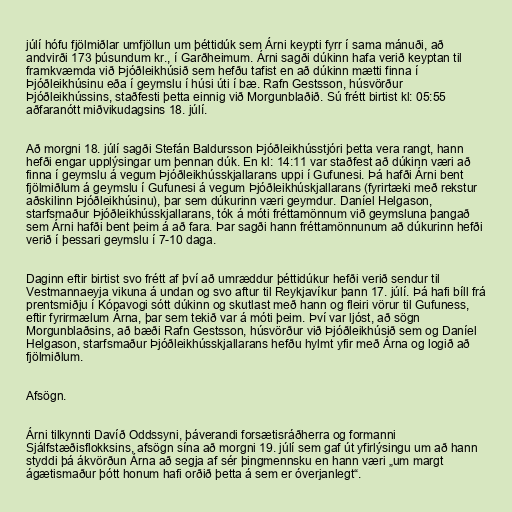
júlí hófu fjölmiðlar umfjöllun um þéttidúk sem Árni keypti fyrr í sama mánuði, að
andvirði 173 þúsundum kr., í Garðheimum. Árni sagði dúkinn hafa verið keyptan til
framkvæmda við Þjóðleikhúsið sem hefðu tafist en að dúkinn mætti finna í
Þjóðleikhúsinu eða í geymslu í húsi úti í bæ. Rafn Gestsson, húsvörður
Þjóðleikhússins, staðfesti þetta einnig við Morgunblaðið. Sú frétt birtist kl: 05:55
aðfaranótt miðvikudagsins 18. júlí.

Að morgni 18. júlí sagði Stefán Baldursson Þjóðleikhússtjóri þetta vera rangt, hann
hefði engar upplýsingar um þennan dúk. En kl: 14:11 var staðfest að dúkinn væri að
finna í geymslu á vegum Þjóðleikhússkjallarans uppi í Gufunesi. Þá hafði Árni bent
fjölmiðlum á geymslu í Gufunesi á vegum Þjóðleikhúskjallarans (fyrirtæki með rekstur
aðskilinn Þjóðleikhúsinu), þar sem dúkurinn væri geymdur. Daníel Helgason,
starfsmaður Þjóðleikhússkjallarans, tók á móti fréttamönnum við geymsluna þangað
sem Árni hafði bent þeim á að fara. Þar sagði hann fréttamönnunum að dúkurinn hefði
verið í þessari geymslu í 7-10 daga.

Daginn eftir birtist svo frétt af því að umræddur þéttidúkur hefði verið sendur til
Vestmannaeyja vikuna á undan og svo aftur til Reykjavíkur þann 17. júlí. Þá hafi bíll frá
prentsmiðju í Kópavogi sótt dúkinn og skutlast með hann og fleiri vörur til Gufuness,
eftir fyrirmælum Árna, þar sem tekið var á móti þeim. Því var ljóst, að sögn
Morgunblaðsins, að bæði Rafn Gestsson, húsvörður við Þjóðleikhúsið sem og Daníel
Helgason, starfsmaður Þjóðleikhússkjallarans hefðu hylmt yfir með Árna og logið að
fjölmiðlum.

Afsögn.

Árni tilkynnti Davíð Oddssyni, þáverandi forsætisráðherra og formanni
Sjálfstæðisflokksins, afsögn sína að morgni 19. júlí sem gaf út yfirlýsingu um að hann
styddi þá ákvörðun Árna að segja af sér þingmennsku en hann væri „um margt
ágætismaður þótt honum hafi orðið þetta á sem er óverjanlegt“.